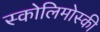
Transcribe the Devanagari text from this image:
स्कोलिमोस्की